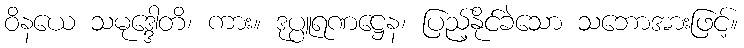
ဝိနယေ သမုဒ္ဒေါတိ၊ ကား။ ဒုပ္ပူရဏဋ္ဌေန၊ ပြည့်နိုင်ခဲသော သဘောအားဖြင့်။